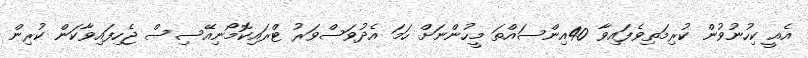
އެއީ ކިހުނުވުން ކުރިމަތިވެފައިވާ 40އިންސައްތަ މީހުންނަށް ހަމަ އެދުވަސްވަރު ޓްރައިކޮމޯނިއޭސިސް ޖެހިފައިވާކަން ކުރިން